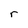
Character: r